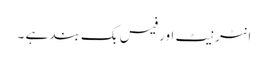
انٹرنیٹ اور فیس بک بند ہے ۔